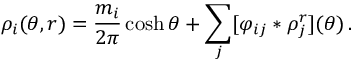
\rho _ { i } ( \theta , r ) = \frac { m _ { i } } { 2 \pi } \cosh \theta + \sum _ { j } [ \varphi _ { i j } \ast \rho _ { j } ^ { r } ] ( \theta ) \, .